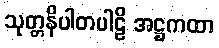
သုတ္တနိပါတပါဠိ အဋ္ဌကထာ